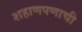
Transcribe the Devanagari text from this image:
शहाणपणाची